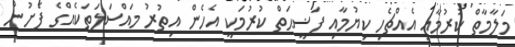
މަލާމާތް ކުރުމާއި އެއްޗެހި ކިޔުމާއި ފަޟީޙަތް ކުރުމަކީ އެހެން އިތުރު މައްސަލަތަކެއްގެ ފެށުން